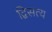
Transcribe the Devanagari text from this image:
द्विसत्य